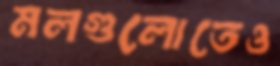
মলগুলোতেও